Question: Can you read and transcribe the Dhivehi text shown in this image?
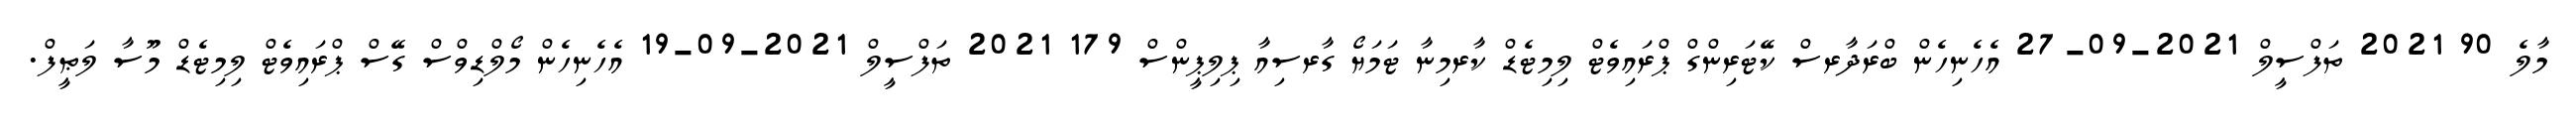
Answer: މާލެ 90 2021 ތަފްސީލް 2021-09-27 އެހެނިހެން ބްރަދާރސް ކޭޓަރިންގް ޕްރައިވެޓް ލިމިޓެޑް ކާރމިނާ ޓަމަޔޯ ގާރސިއާ ޕިލިޕީންސް 179 2021 ތަފްސީލް 2021-09-19 އެހެނިހެން މޯލްޑިވްސް ގޭސް ޕްރައިވެޓް ލިމިޓެޑް މޫސާ ލަޠީފް.